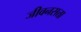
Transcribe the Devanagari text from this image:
जीवनसत्ता